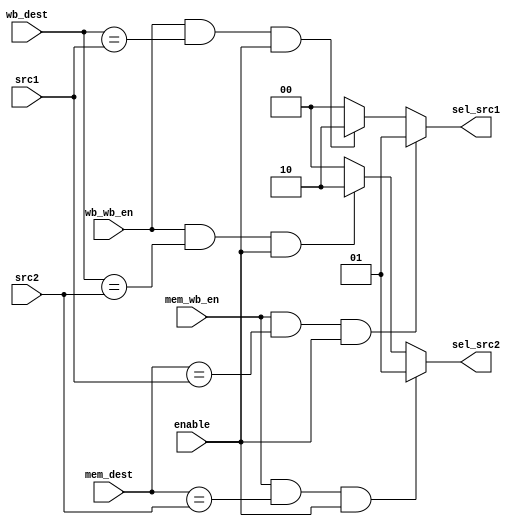
module ForwardingUnit (
  input [3:0] src1, src2, wb_dest, mem_dest,
  input wb_wb_en, mem_wb_en, enable,
  output [1:0] sel_src1, sel_src2
  );

  assign sel_src1 = (mem_wb_en && mem_dest == src1 && enable) ? 1 :
                    (wb_wb_en && wb_dest == src1 && enable) ? 2 : 0;


  assign sel_src2 = (mem_wb_en && mem_dest == src2 && enable) ? 1 :
                    (wb_wb_en && wb_dest == src2 && enable) ? 2 : 0;



endmodule // forward_unit